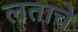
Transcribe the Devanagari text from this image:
लताचे